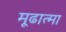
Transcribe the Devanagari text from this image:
मूढात्मा